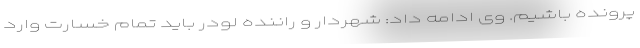
پرونده باشیم. وی ادامه داد: شهردار و راننده لودر باید تمام خسارت وارد